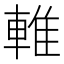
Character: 𨌴